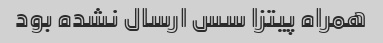
همراه پیتزا سس ارسال نشده بود